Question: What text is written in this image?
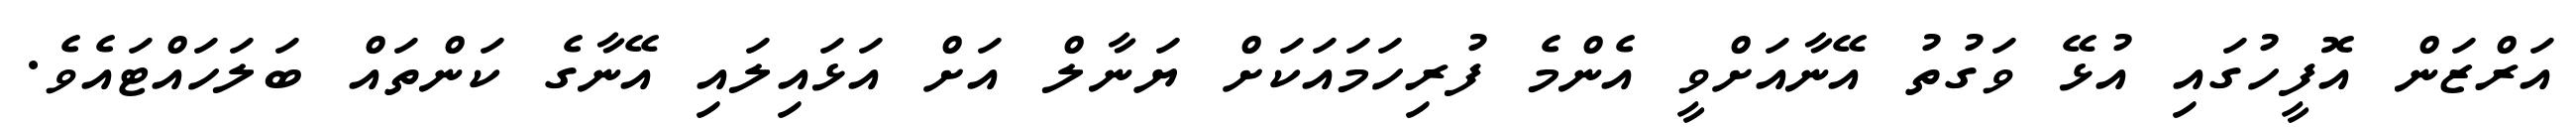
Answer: އަރްޒަން އޮފީހުގައި އުޅޭ ވަގުތު އޭނާއަށްވީ އެންމެ ފުރިހަމައަކަށް ޔަނާލް އަށް އަޅައިލައި އޭނާގެ ކަންތައް ބަލަހައްޓައެވެ.